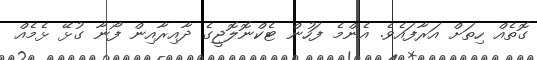
ގޮތެއް ހިތަށް އަރާފައެވެ. އެންމެ ފަހުން ޓެކްނޮލޮޖީގެ ދާއިރާއިން ފޯނާ ގުޅޭ ޅެމެއް